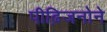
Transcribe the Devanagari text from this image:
पीढ़िजनोने